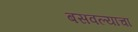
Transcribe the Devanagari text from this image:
बसवल्याचा